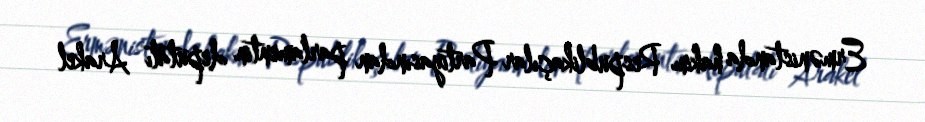
Ermənistanda hakim Respublikaçılar Partiyasından parlamentin deputatı Arakel